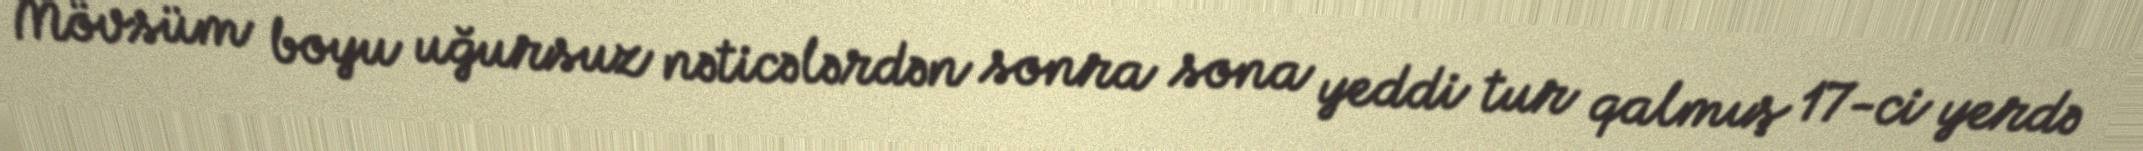
Mövsüm boyu uğursuz nəticələrdən sonra sona yeddi tur qalmış 17-ci yerdə